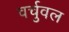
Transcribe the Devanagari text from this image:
वर्चुवल